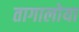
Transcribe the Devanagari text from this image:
तागालोया